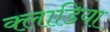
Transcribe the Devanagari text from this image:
क्लाडिया